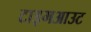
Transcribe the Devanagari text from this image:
टाइमआउट